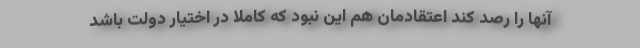
آنها را رصد کند اعتقادمان هم این نبود که کاملا در اختیار دولت باشد